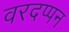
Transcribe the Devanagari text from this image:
वरदप्पन